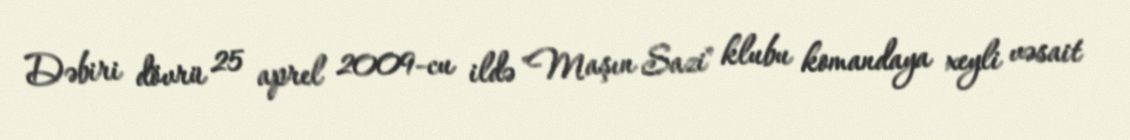
Dəbiri dövrü 25 aprel 2009-cu ildə "Maşın Sazi" klubu komandaya xeyli vəsait